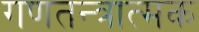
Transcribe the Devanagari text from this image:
गणतन्त्रात्मक